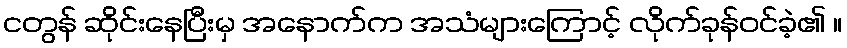
ငတွန် ဆိုင်းနေပြီးမှ အနောက်က အသံများကြောင့် လိုက်ခုန်ဝင်ခဲ့၏ ။